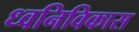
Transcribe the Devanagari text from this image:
ध्वनिविकास